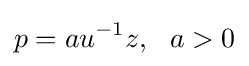
p=au^{-1}z,\ \ a>0